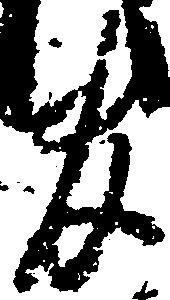
官